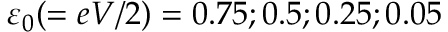
\varepsilon _ { 0 } ( = e V / 2 ) = 0 . 7 5 ; 0 . 5 ; 0 . 2 5 ; 0 . 0 5